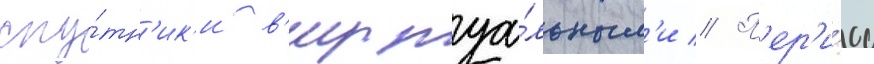
спу́тн'ик'и в'иртуа́льным'и // П'ер'и́од